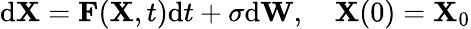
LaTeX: \mathrm d\mathbf X=\mathbf F(\mathbf X,t)\mathrm dt+\sigma\mathrm d\mathbf W,\quad\mathbf X(0)=\mathbf X_{0}